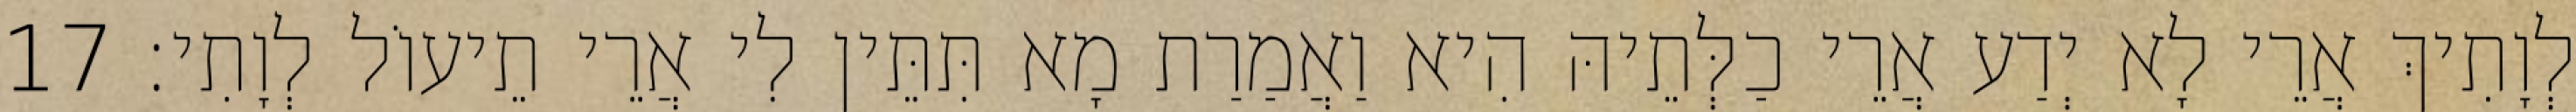
לְוָתִיךְ אֲרֵי לָא יְדַע אֲרֵי כַלְּתֵיהּ הִיא וַאֲמַרַת מָא תִּתֵּין לִי אֲרֵי תֵיעוֹל לְוָתִי׃ 17